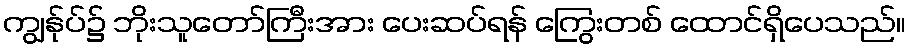
ကျွန်ုပ်၌ ဘိုးသူတော်ကြီးအား ပေးဆပ်ရန် ကြွေးတစ် ထောင်ရှိပေသည်။